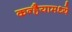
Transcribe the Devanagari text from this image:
कन्हैयामध्ये